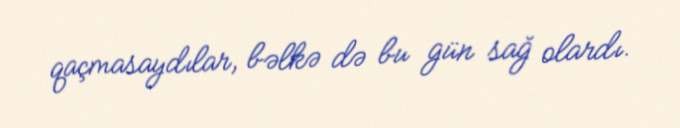
qaçmasaydılar, bəlkə də bu gün sağ olardı.